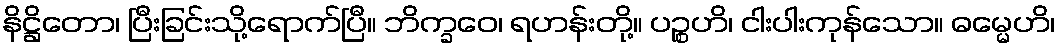
နိဋ္ဌိတော၊ ပြီးခြင်းသို့ရောက်ပြီ။ ဘိက္ခဝေ၊ ရဟန်းတို့။ ပဉ္စဟိ၊ ငါးပါးကုန်သော။ ဓမ္မေဟိ၊